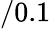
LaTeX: /0.1